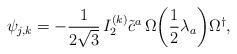
LaTeX: \begin{align*}\psi_{j,k} = - \frac{1}{2 \sqrt{3}} \, I_2^{(k)} \tilde{c}^a \, \Omega \! \left( \frac{1}{2} \lambda_a \right) \! \Omega^{\dagger},\end{align*}